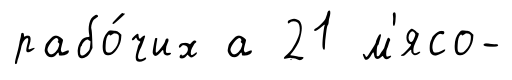
рабо́чих а 21 м'ясо-